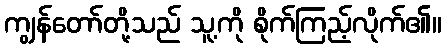
ကျွန်တော်တို့သည် သူ့ကို စိုက်ကြည့်လိုက်၏။